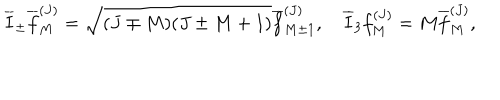
LaTeX: \overline { { I } } _ { \pm } \overline { { f } } _ { M } ^ { ( J ) } = \sqrt { ( J \mp M ) ( J \pm M + 1 ) } \overline { { f } } _ { M \pm 1 } ^ { ( J ) } , \quad \overline { { I } } _ { 3 } f _ { M } ^ { ( J ) } = M \overline { { f } } _ { M } ^ { ( J ) } ,